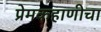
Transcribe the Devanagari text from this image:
प्रेमकहाणीचा